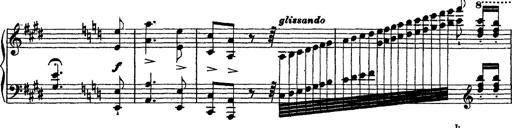
Title: Grandes Ã©tudes de Paganini
Composer: Franz Liszt